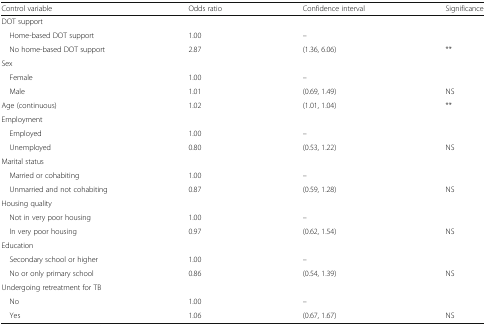
| Control variable | Odds ratio | Confidence interval | Significance |
 | --- | --- | --- | --- |
 | <COLSPAN=4> DOT support |
 | Home-based DOT support | 1.00 | – |  |
 | No home-based DOT support | 2.87 | (1.36, 6.06) | ** |
 | <COLSPAN=4> Sex |
 | Female | 1.00 | – |  |
 | Male | 1.01 | (0.69, 1.49) | NS |
 | Age (continuous) | 1.02 | (1.01, 1.04) | ** |
 | <COLSPAN=4> Employment |
 | Employed | 1.00 | – |  |
 | Unemployed | 0.80 | (0.53, 1.22) | NS |
 | <COLSPAN=4> Marital status |
 | Married or cohabiting | 1.00 | – |  |
 | Unmarried and not cohabiting | 0.87 | (0.59, 1.28) | NS |
 | <COLSPAN=4> Housing quality |
 | Not in very poor housing | 1.00 | – |  |
 | In very poor housing | 0.97 | (0.62, 1.54) | NS |
 | <COLSPAN=4> Education |
 | Secondary school or higher | 1.00 | – |  |
 | No or only primary school | 0.86 | (0.54, 1.39) | NS |
 | <COLSPAN=4> Undergoing retreatment for TB |
 | No | 1.00 | – |  |
 | Yes | 1.06 | (0.67, 1.67) | NS |